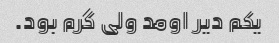
یکم دیر اومد ولی گرم بود.